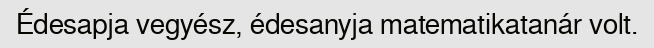
Édesapja vegyész, édesanyja matematikatanár volt.